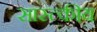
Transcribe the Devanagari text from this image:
सास्त्कीय